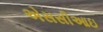
એસસીઆઇ